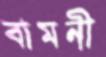
বামনী